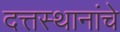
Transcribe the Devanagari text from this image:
दत्तस्थानांचे